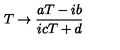
T \rightarrow \frac { a T - i b } { i c T + d } \nonumber